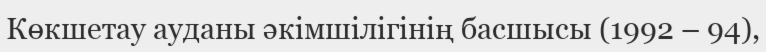
Көкшетау ауданы әкімшілігінің басшысы (1992 – 94),